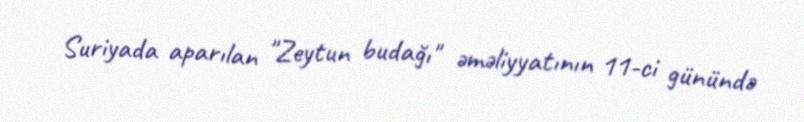
Suriyada aparılan "Zeytun budağı" əməliyyatının 11-ci günündə